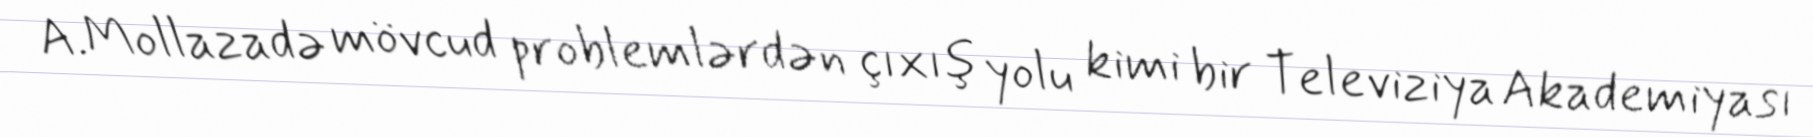
A.Mollazadə mövcud problemlərdən çıxış yolu kimi bir Televiziya Akademiyası